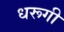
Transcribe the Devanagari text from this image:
धरूगी